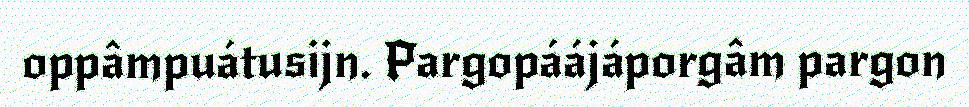
oppâmpuátusijn. Pargopáájáporgâm pargon